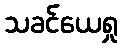
သခင်ယေရှု